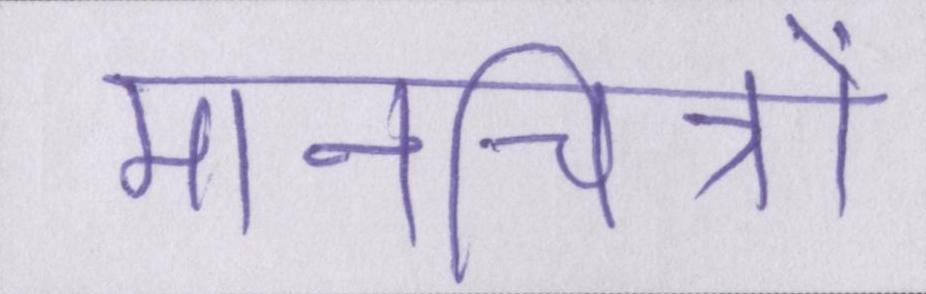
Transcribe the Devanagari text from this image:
मानचित्रों